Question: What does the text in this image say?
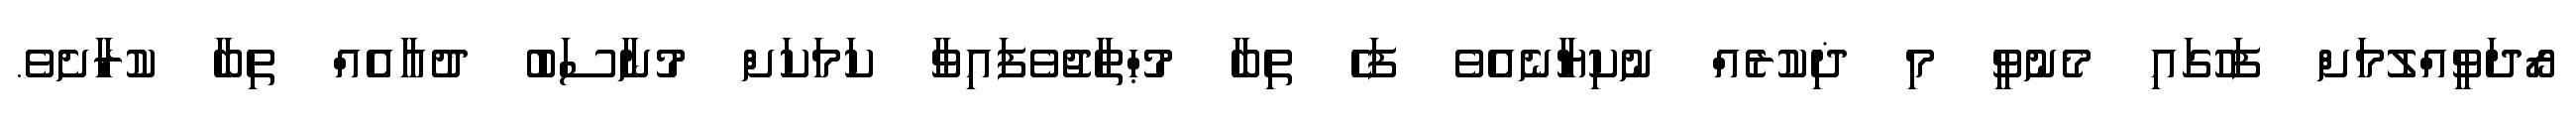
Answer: ރޯދަވީއްލުމަށް ފަހުގައި މެނުވީ މި ޛިކުރެއް ނުކިޔާނެއެވެ ފަހެ ތިބާ މުޙްތާޖުވެފައިވާ ކަމަކަށް މުނާސަބު ދުޢާއެއް ތިބާ ކުރާށެވެ.